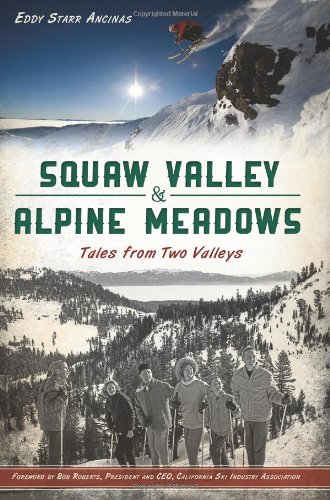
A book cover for Squaw Valley & Alpine Meadows:: Tales from Two Valleys (Sports); Eddy Starr Ancinas; Sports & Outdoors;